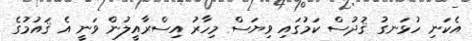
އެކަނި ހުޅަނގު ޤުދުސް ކަމުގައި ވިޔަސް މިހާރު އިސްރާއީލުން ވަނީ އެ ޤައުމުގެ